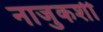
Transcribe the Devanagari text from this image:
नाजुकशी